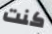
كنت